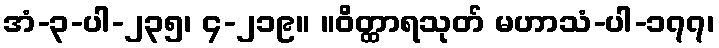
အံ-၃-ပါ-၂၃၅၊ ၄-၂၁၉။ ။ဝိတ္ထာရသုတ် မဟာသံ-ပါ-၁၇၇၊